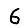
Digit: 6